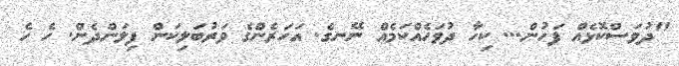
"ދުވަސްކޮޅެއް ފަހުން... ކިހާ ދުވަހެއްކަމެއް ނޭނގެ. އަހަރެންގެ ވަރުބަލިކަން ފިލަންދެން. ހެ ހެ